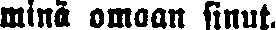
minä omaan sinut.